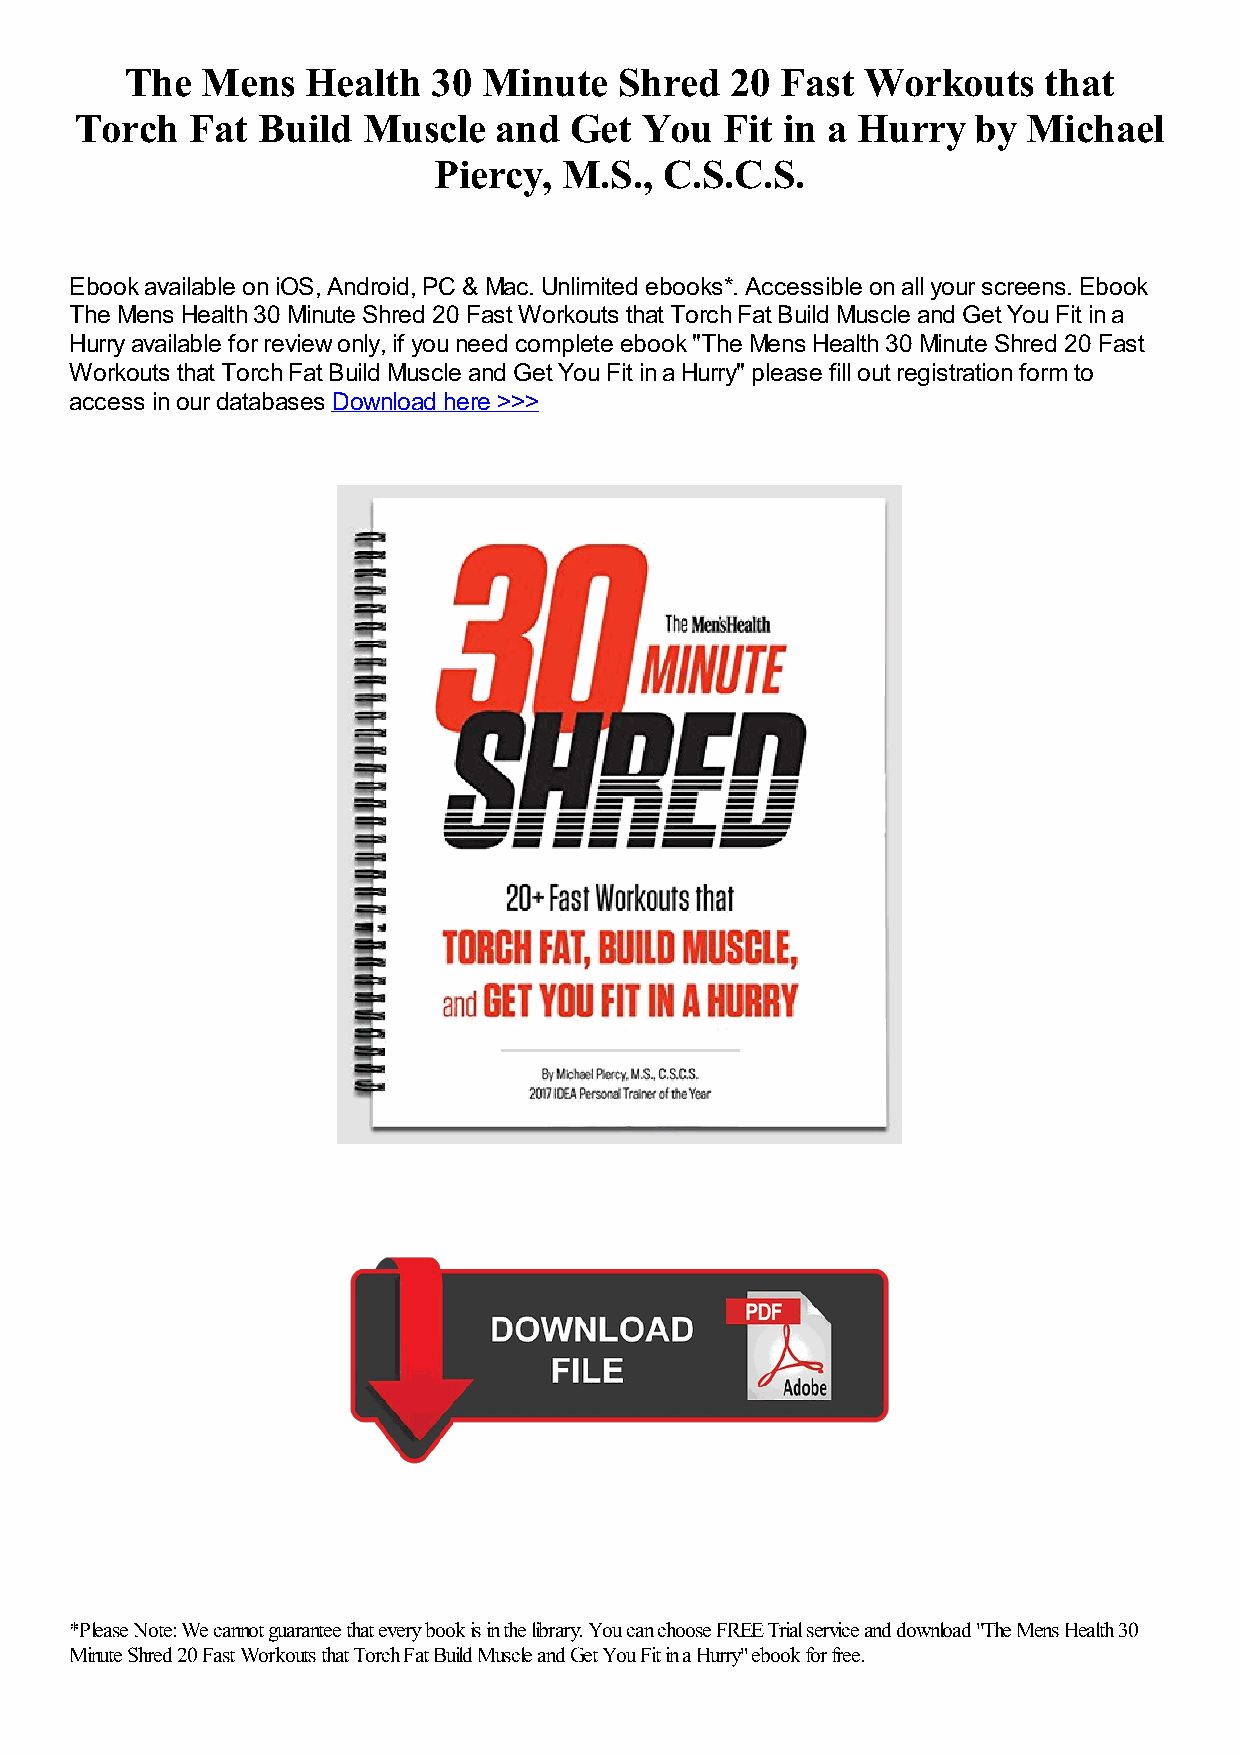
The  Mens   Health   30 Minute   Shred  20  Fast Workouts    that
 Torch  Fat  Build  Muscle   and  Get You   Fit in a Hurry  by  Michael
 Piercy, M.S.,  C.S.C.S.
 Ebook available on iOS, Android, PC & Mac. Unlimited ebooks*. Accessible on all your screens. Ebook
 The Mens Health 30 Minute Shred 20 Fast Workouts that Torch Fat Build Muscle and Get You Fit in a
 Hurry available for review only, if you need complete ebook "The Mens Health 30 Minute Shred 20 Fast
 Workouts that Torch Fat Build Muscle and Get You Fit in a Hurry" please fill out registration form to
 access in our databases Download here >>>
 *Please Note: We cannot guarantee that every book is in the library. You can choose FREE Trial service and download "The Mens Health 30
 Minute Shred 20 Fast Workouts that Torch Fat Build Muscle and Get You Fit in a Hurry" ebook for free.